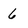
Character: 6